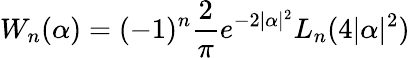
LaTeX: W_{n}(\alpha)=(-1)^{n}\frac{2}{\pi}e^{-2|\alpha|^{2}}L_{n}(4|\alpha|^{2})